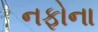
નફોના